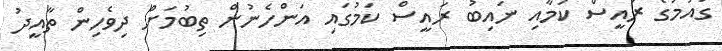
ގައުމުގެ ރައީސް ކަމާއި ނައިބު ރައީސް ކަމުގައި އަންހެނުން ތިބުމަށް ދިވެހިން ތާއީދު